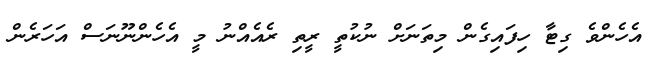
އެހެންވެ ގިޓާ ހިފައިގެން މިތަނަށް ނުކުތީ ރީތި ރެއެއްނު މީ އެހެންނޫނަސް އަހަރެން